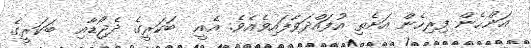
އަންހެން ފިރިހެން އަށެތި އުފައްދަވާފައިވެއެވެ. އެއީ  ބަކަރީގެ ދެޖޯޑާއި  ބަކަރީގެ